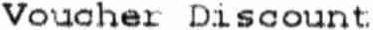
VOUCHER DISCOUNT.